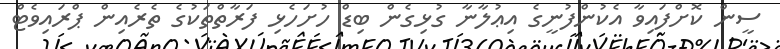
ސީން ކޮށްފައިވާ އެކުންފުނީގެ އިޢުލާނާ ގުޅިގެން ބިޑް ހުށަހެޅި ފަރާތްތަކުގެ ތެރެއިން ޕްރައިވެޓް